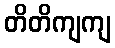
တိတိကျကျ